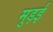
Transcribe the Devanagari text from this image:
मुड़ई